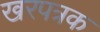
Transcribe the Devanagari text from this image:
खरपत्रक